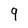
Character: 9